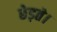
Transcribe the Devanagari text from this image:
छेड़ते।